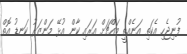
ފުނިޖެހި އެކަތި އަނެއްތީ މައްޗަށް އަރައި ކާން އުޅޭ މަންޒަރު ކަނޑު އޮތް